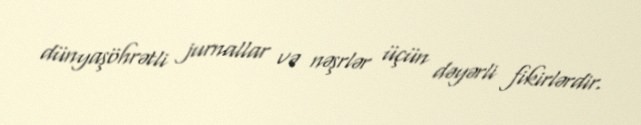
dünyaşöhrətli jurnallar və nəşrlər üçün dəyərli fikirlərdir.